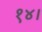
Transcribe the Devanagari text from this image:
१४।